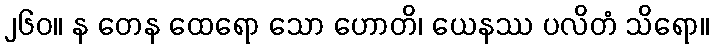
၂၆၀။ န တေန ထေရော သော ဟောတိ၊ ယေနဿ ပလိတံ သိရော။